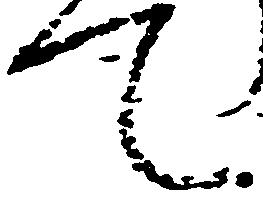
て